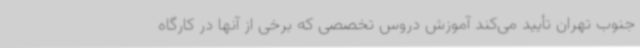
جنوب تهران تأیید می‌کند آموزش دروس تخصصی که برخی از آنها در کارگاه